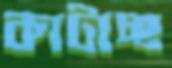
কাটাচ্ছ